Scientific memoirs by medical officers of the Army of India - Part IX,
Year: 1895
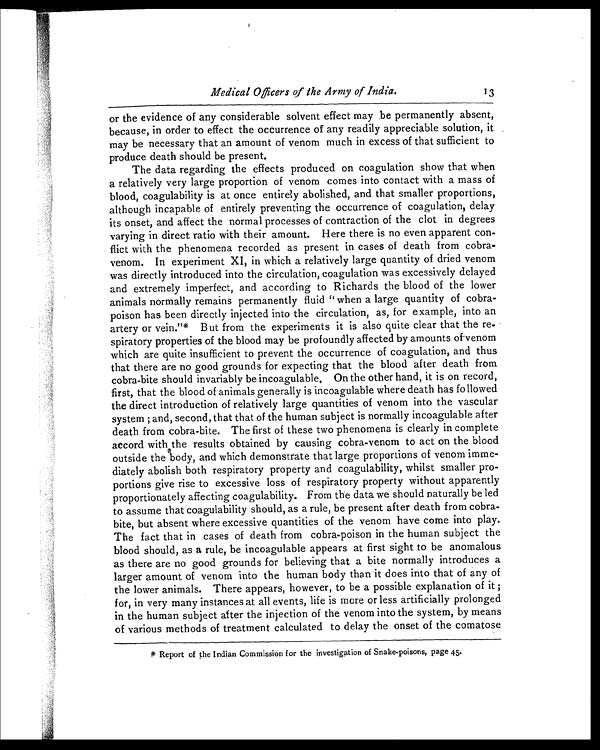
Medical Officers of
the Army of India.
13
or the evidence of any considerable solvent effect may be permanently absent,
because, in order to effect the occurrence of any readily appreciable solution, it
may be necessary that an amount of venom much in excess of that sufficient to
produce death should be present.
The data regarding the effects produced on coagulation show that when
a relatively very large proportion of venom comes into contact with a mass of
blood, coagulability is at once entirely abolished, and that smaller proportions,
although incapable of entirely preventing the occurrence of coagulation, delay
its onset, and affect the normal processes of contraction of the clot in degrees
varying in direct ratio with their amount. Here there is no even apparent con
-flict with the phenomena recorded as present in cases of death from cobra-
venom. In experiment XI, in which a relatively large quantity of dried venom
was directly introduced into the circulation, coagulation was excessively delayed
and extremely imperfect, and according to Richards the blood of the lower
animals normally remains permanently fluid "when a large quantity of cobra-
poison has been directly injected into the circulation, as, for example, into an
artery or vein."* But from the experiments it is also quite clear that the re
-spiratory properties of the blood may be profoundly affected by amounts of-venom
which are quite insufficient to prevent the occurrence of coagulation, and thus
that there are no good grounds for expecting that the blood after death from
cobra-bite should invariably be incoagulable, On the other hand, it is on record,
first, that the blood of animals generally is incoagulable where death has followed
the direct introduction of relatively large quantities of venom into the vascular
system ; and, second, that that of the human subject is normally incoagulable after
death from cobra-bite. The first of these two phenomena is clearly in complete
accord with the results obtained by causing cobra-venom to act on the blood
outside the body, and which demonstrate that large proportions of venom imme
-diately abolish both respiratory property and coagulability, whilst smaller pro
-portions give rise to excessive loss of respiratory property without apparently
proportionately affecting coagulability. From the data we should naturally be led
to assume that coagulability should, as a rule, be present after death from cobra-
bite, but absent where excessive quantities of the venom have come into play.
The fact that in cases of death from cobra-poison in the human subject the
blood should, as a rule, be incoagulable appears at first sight to be anomalous
as there are no good grounds for believing that a bite normally introduces a
larger amount of venom into the human body than it does into that of any of
the lower animals. There appears, however, to be a possible explanation of it ;
for, in very many instances at all events, life is more or less artificially prolonged
in the human subject after the injection of the venom into the system, by means
of various methods of treatment calculated to delay the onset of the comatose
*
Report of the Indian Commission f or the investigation of Snake-poisons, page 45.